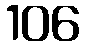
106